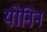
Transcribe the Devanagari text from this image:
योनिन